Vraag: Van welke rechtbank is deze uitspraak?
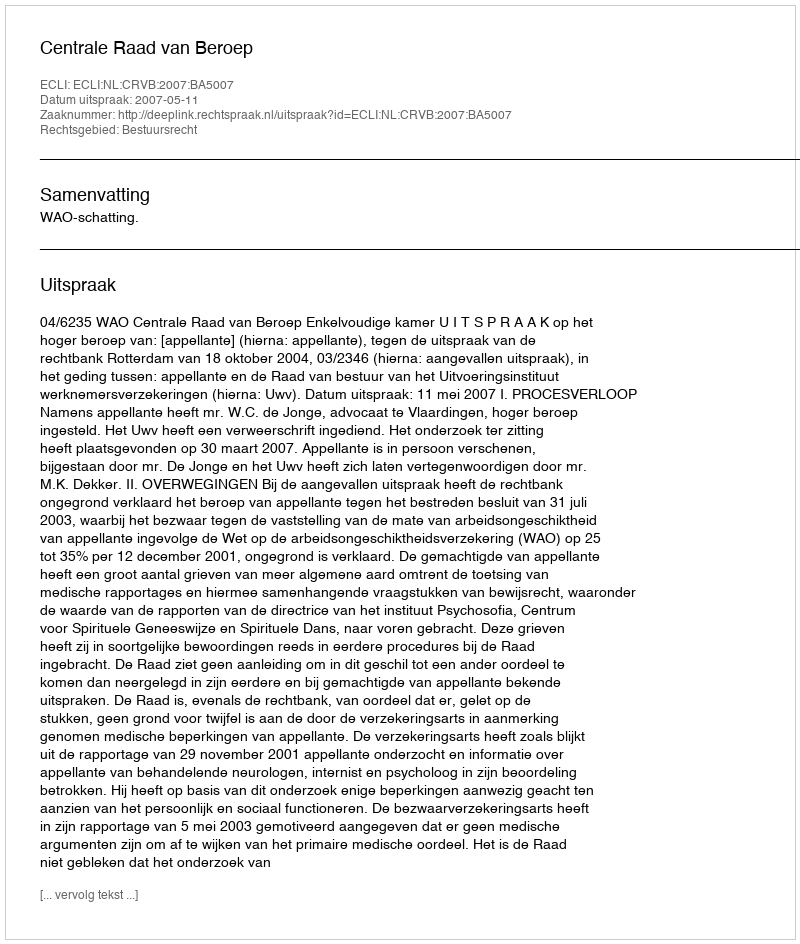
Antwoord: Centrale Raad van Beroep